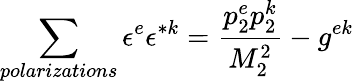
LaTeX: \sum_{polarizations}\epsilon^{e}\epsilon^{*k}=\frac{p_{2}^{e}p_{2}^{k}}{M_{2}^{2}}-g^{ek}